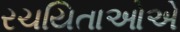
રચયિતાઓએ